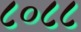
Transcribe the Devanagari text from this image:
८०८८